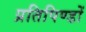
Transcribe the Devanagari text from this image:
प्रतिपिण्डों